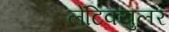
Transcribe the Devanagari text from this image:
लेंटिक्युलर